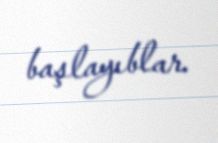
başlayıblar.